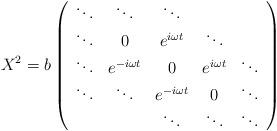
LaTeX: \begin{align*}X^2 = b \left(\begin{array}{ccccc}\ddots & \ddots & \ddots & &\\\ddots & 0 & e^{i \omega t} &\ddots &\\\ddots & e^{-i \omega t} & 0 & e^{i \omega t} & \ddots\\ \ddots & \ddots & e^{-i \omega t} & 0 & \ddots\\& & \ddots & \ddots & \ddots\end{array}\right)\end{align*}